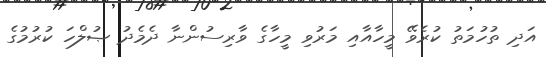
އަދިި ތުހުމަތު ކުރެވޭ މީހާއާއި މަރުވި މީހާގެ ވާރިސުންނާ ދެމެދު ޞުލްހަ ކުރުމުގެ